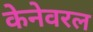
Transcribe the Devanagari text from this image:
केनेवरल